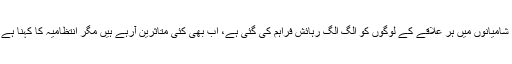
کھلے میدان میں لگائے گئے، شامیانوں میں ہر علاقے کے لوگوں کو الگ الگ رہائش فراہم کی گئی ہے، اب بھی کئی متاثرین آرہے ہیں مگر انتظامیہ کا کہنا ہے کہ ان کے پاس گنجائش نہیں۔